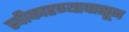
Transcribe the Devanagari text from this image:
स्वीकारण्यापासून